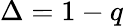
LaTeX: \Delta=1-q